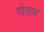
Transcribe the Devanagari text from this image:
गोसार